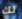
لك